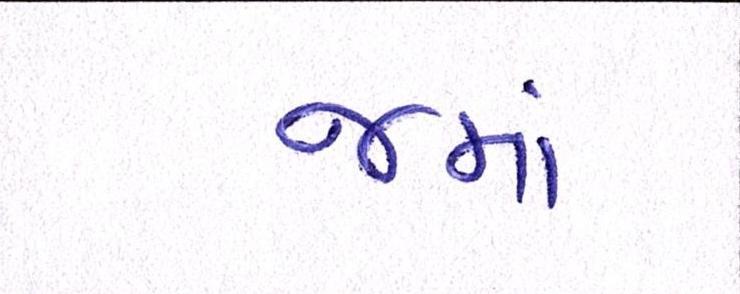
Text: જમાં